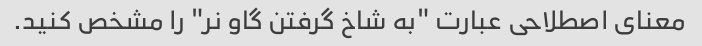
معنای اصطلاحی عبارت "به شاخ گرفتن گاو نر" را مشخص کنید.